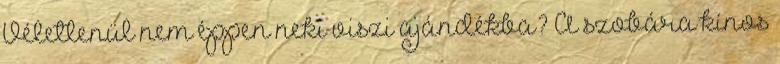
Véletlenül nem éppen neki viszi ajándékba? A szobára kínos